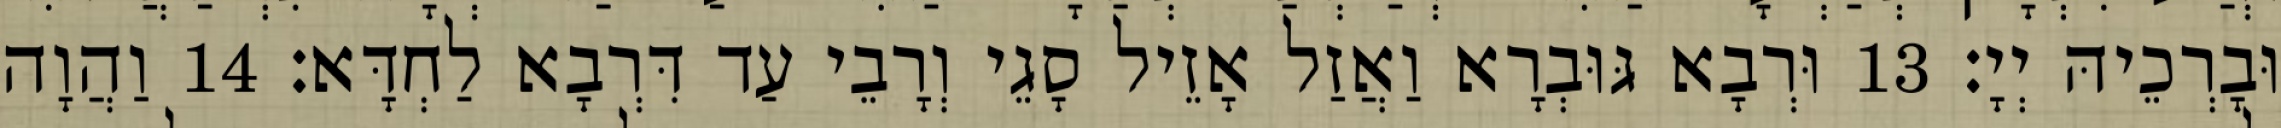
וּבָרְכֵיהּ יְיָ׃ 13 וּרְבָא גּוּבְרָא וַאֲזַל אָזֵיל סָגֵי וְרָבֵי עַד דִּרְבָא לַחְדָּא׃ 14 וַהֲוָה